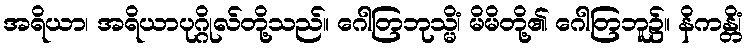
အရိယာ၊ အရိယာပုဂ္ဂိုလ်တို့သည်။ ဂေါတြဘုသ္မိံ၊ မိမိတို့၏ ဂေါတြဘူ၌။ နိကန္တိံ၊